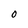
Character: O